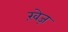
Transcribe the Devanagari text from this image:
ख़ेज़